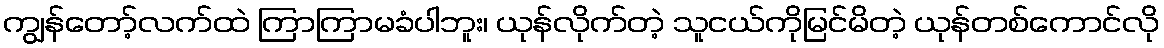
ကျွန်တော့်လက်ထဲ ကြာကြာမခံပါဘူး၊ ယုန်လိုက်တဲ့ သူငယ်ကိုမြင်မိတဲ့ ယုန်တစ်ကောင်လို